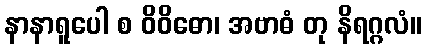
နာနာရူပေါ စ ဝိဝိဓော၊ အဗာဓံ တု နိရဂ္ဂလံ။